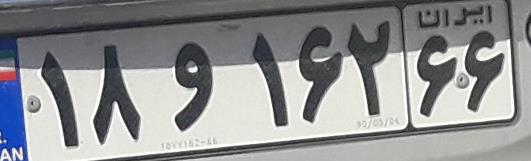
۱۸و۱۶۲۶۶